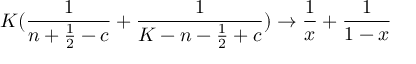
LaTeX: K ( { \frac { 1 } { n + { \frac { 1 } { 2 } } - c } } + { \frac { 1 } { K - n - { \frac { 1 } { 2 } } + c } } ) \rightarrow { \frac { 1 } { x } } + { \frac { 1 } { 1 - x } }